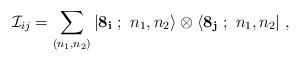
LaTeX: \begin{align*}{\cal I}_{ij}=\sum\limits_{(n_1,n_2)} |{\bf 8_i}\ ;\ n_1,n_2\rangle\otimes\langle{\bf 8_j}\ ;\ n_1,n_2|\ ,\end{align*}